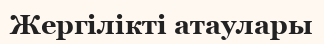
Жергілікті атаулары